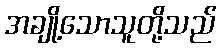
အချို့သောသူတို့သည်